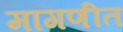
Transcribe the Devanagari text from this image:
मागणीत